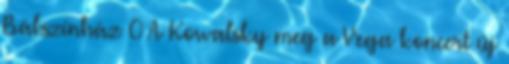
Bábszínház 0 A Kowalsky meg a Vega koncert új